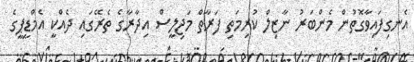
އެނގިފައިވާގޮތުން މެންބަރު ނާޒިލް ކުރިމަތި ފަރާތް މަޖިލީސް އިދާރާގެ ތެރޭގައި ދެއްކީ އެމްޑީޕީގެ